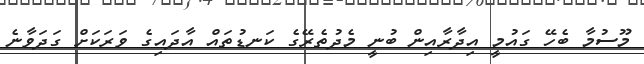
މޫސުމާ ބެހޭ ގައުމީ އިދާރާއިން ބުނީ މެދުތެރޭގެ ކަނޑުތައް އާދައިގެ ވަރަކަށް ގަދަވާނެ